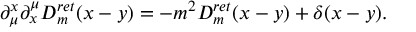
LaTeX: \partial _ { \mu } ^ { x } \partial _ { x } ^ { \mu } D _ { m } ^ { r e t } ( x - y ) = - m ^ { 2 } D _ { m } ^ { r e t } ( x - y ) + \delta ( x - y ) .